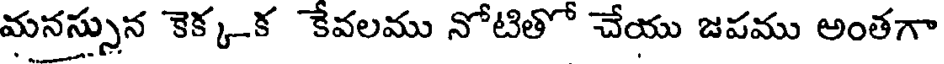
మనస్సున కెక్క-క కేవలము నోటితో చేయు జపము అంతగా